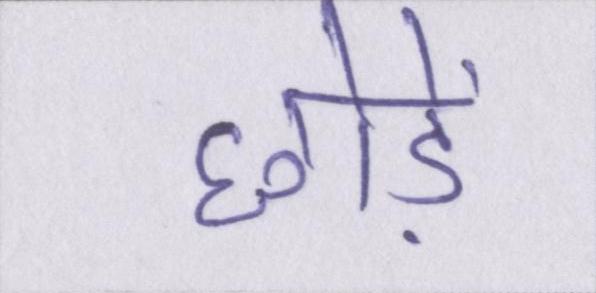
छोड़ें